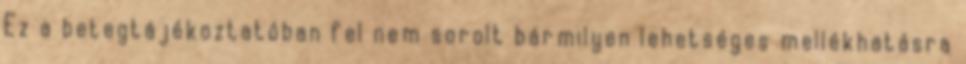
Ez a betegtájékoztatóban fel nem sorolt bármilyen lehetséges mellékhatásra